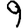
Digit: 9